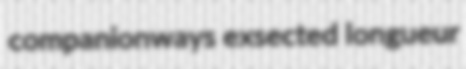
companionways exsected longueur